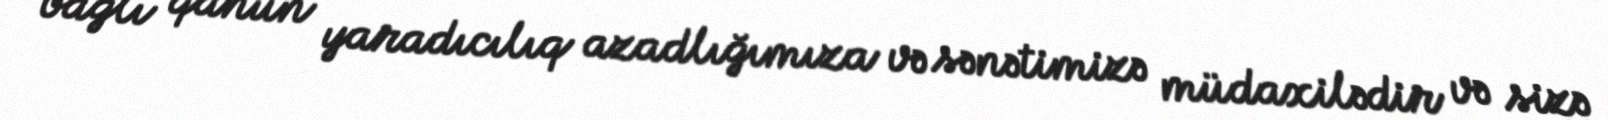
bağlı qanun yaradıcılıq azadlığımıza və sənətimizə müdaxilədir və sizə